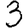
Digit: 3